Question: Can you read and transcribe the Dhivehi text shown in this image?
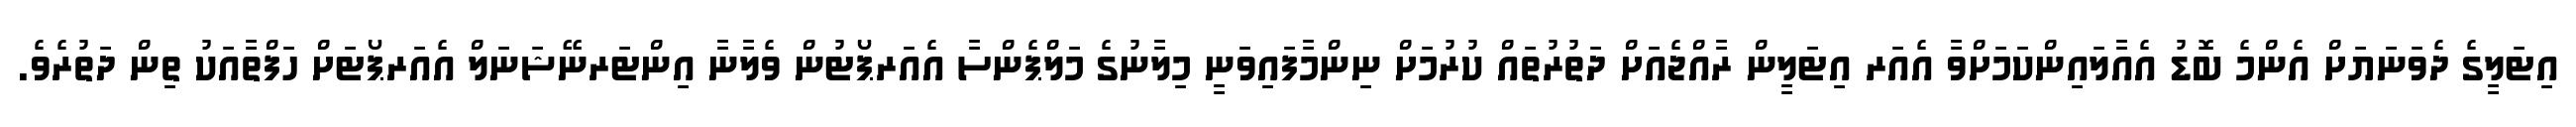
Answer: އިޓަލީގެ ދެވަނަޔަށް އެންމެ ބޮޑު އެއާލައިންކަމަށްވާ އެއަރ އިޓަލީން ރާއްޖެއަށް ދަތުރުތައް ކުރުމަށް ނިންމާފައިވަނީ މިލާނުގެ މަލްޕެންސާ އެއަރޕޯޓުން ވެލާނާ އިންޓަރނޭޝަނަލް އެއަރޕޯޓަށް ހަފްތާއަކު ތިން ދަތުރެވެ.